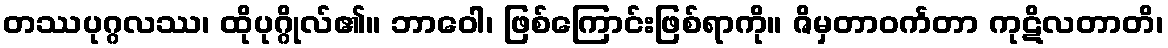
တဿပုဂ္ဂလဿ၊ ထိုပုဂ္ဂိုလ်၏။ ဘာဝေါ၊ ဖြစ်ကြောင်းဖြစ်ရာကို။ ဇိမှတာဝင်္ကတာ ကုဋိလတာတိ၊